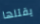
يقتلها